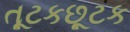
તૂટકછૂટક